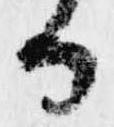
る